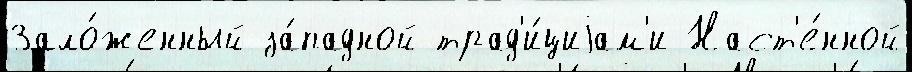
Зало́женный за́падной трад'и́циjам'и Наст'е́нной